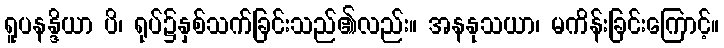
ရူပနန္ဒိယာ ပိ၊ ရုပ်၌နှစ်သက်ခြင်းသည်၏လည်း။ အနနုသယာ၊ မကိန်းခြင်းကြောင့်။